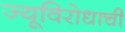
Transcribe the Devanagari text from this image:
ज्यूविरोधाची